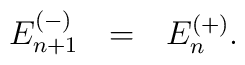
E_{n+1}^{(-)} ~~=~~E_n^{(+)}.